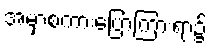
အမှာစကားပြောကြားရာ၌